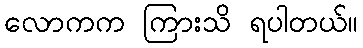
လောကက ကြားသိ ရပါတယ်။